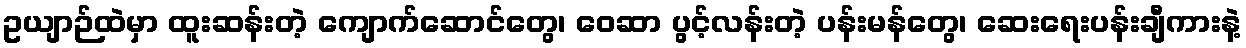
ဥယျာဉ်ထဲမှာ ထူးဆန်းတဲ့ ကျောက်ဆောင်တွေ၊ ဝေဆာ ပွင့်လန်းတဲ့ ပန်းမန်တွေ၊ ဆေးရေးပန်းချီကားနဲ့